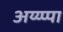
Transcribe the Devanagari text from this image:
अय्य्प्पा